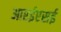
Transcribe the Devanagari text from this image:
आरईएसई